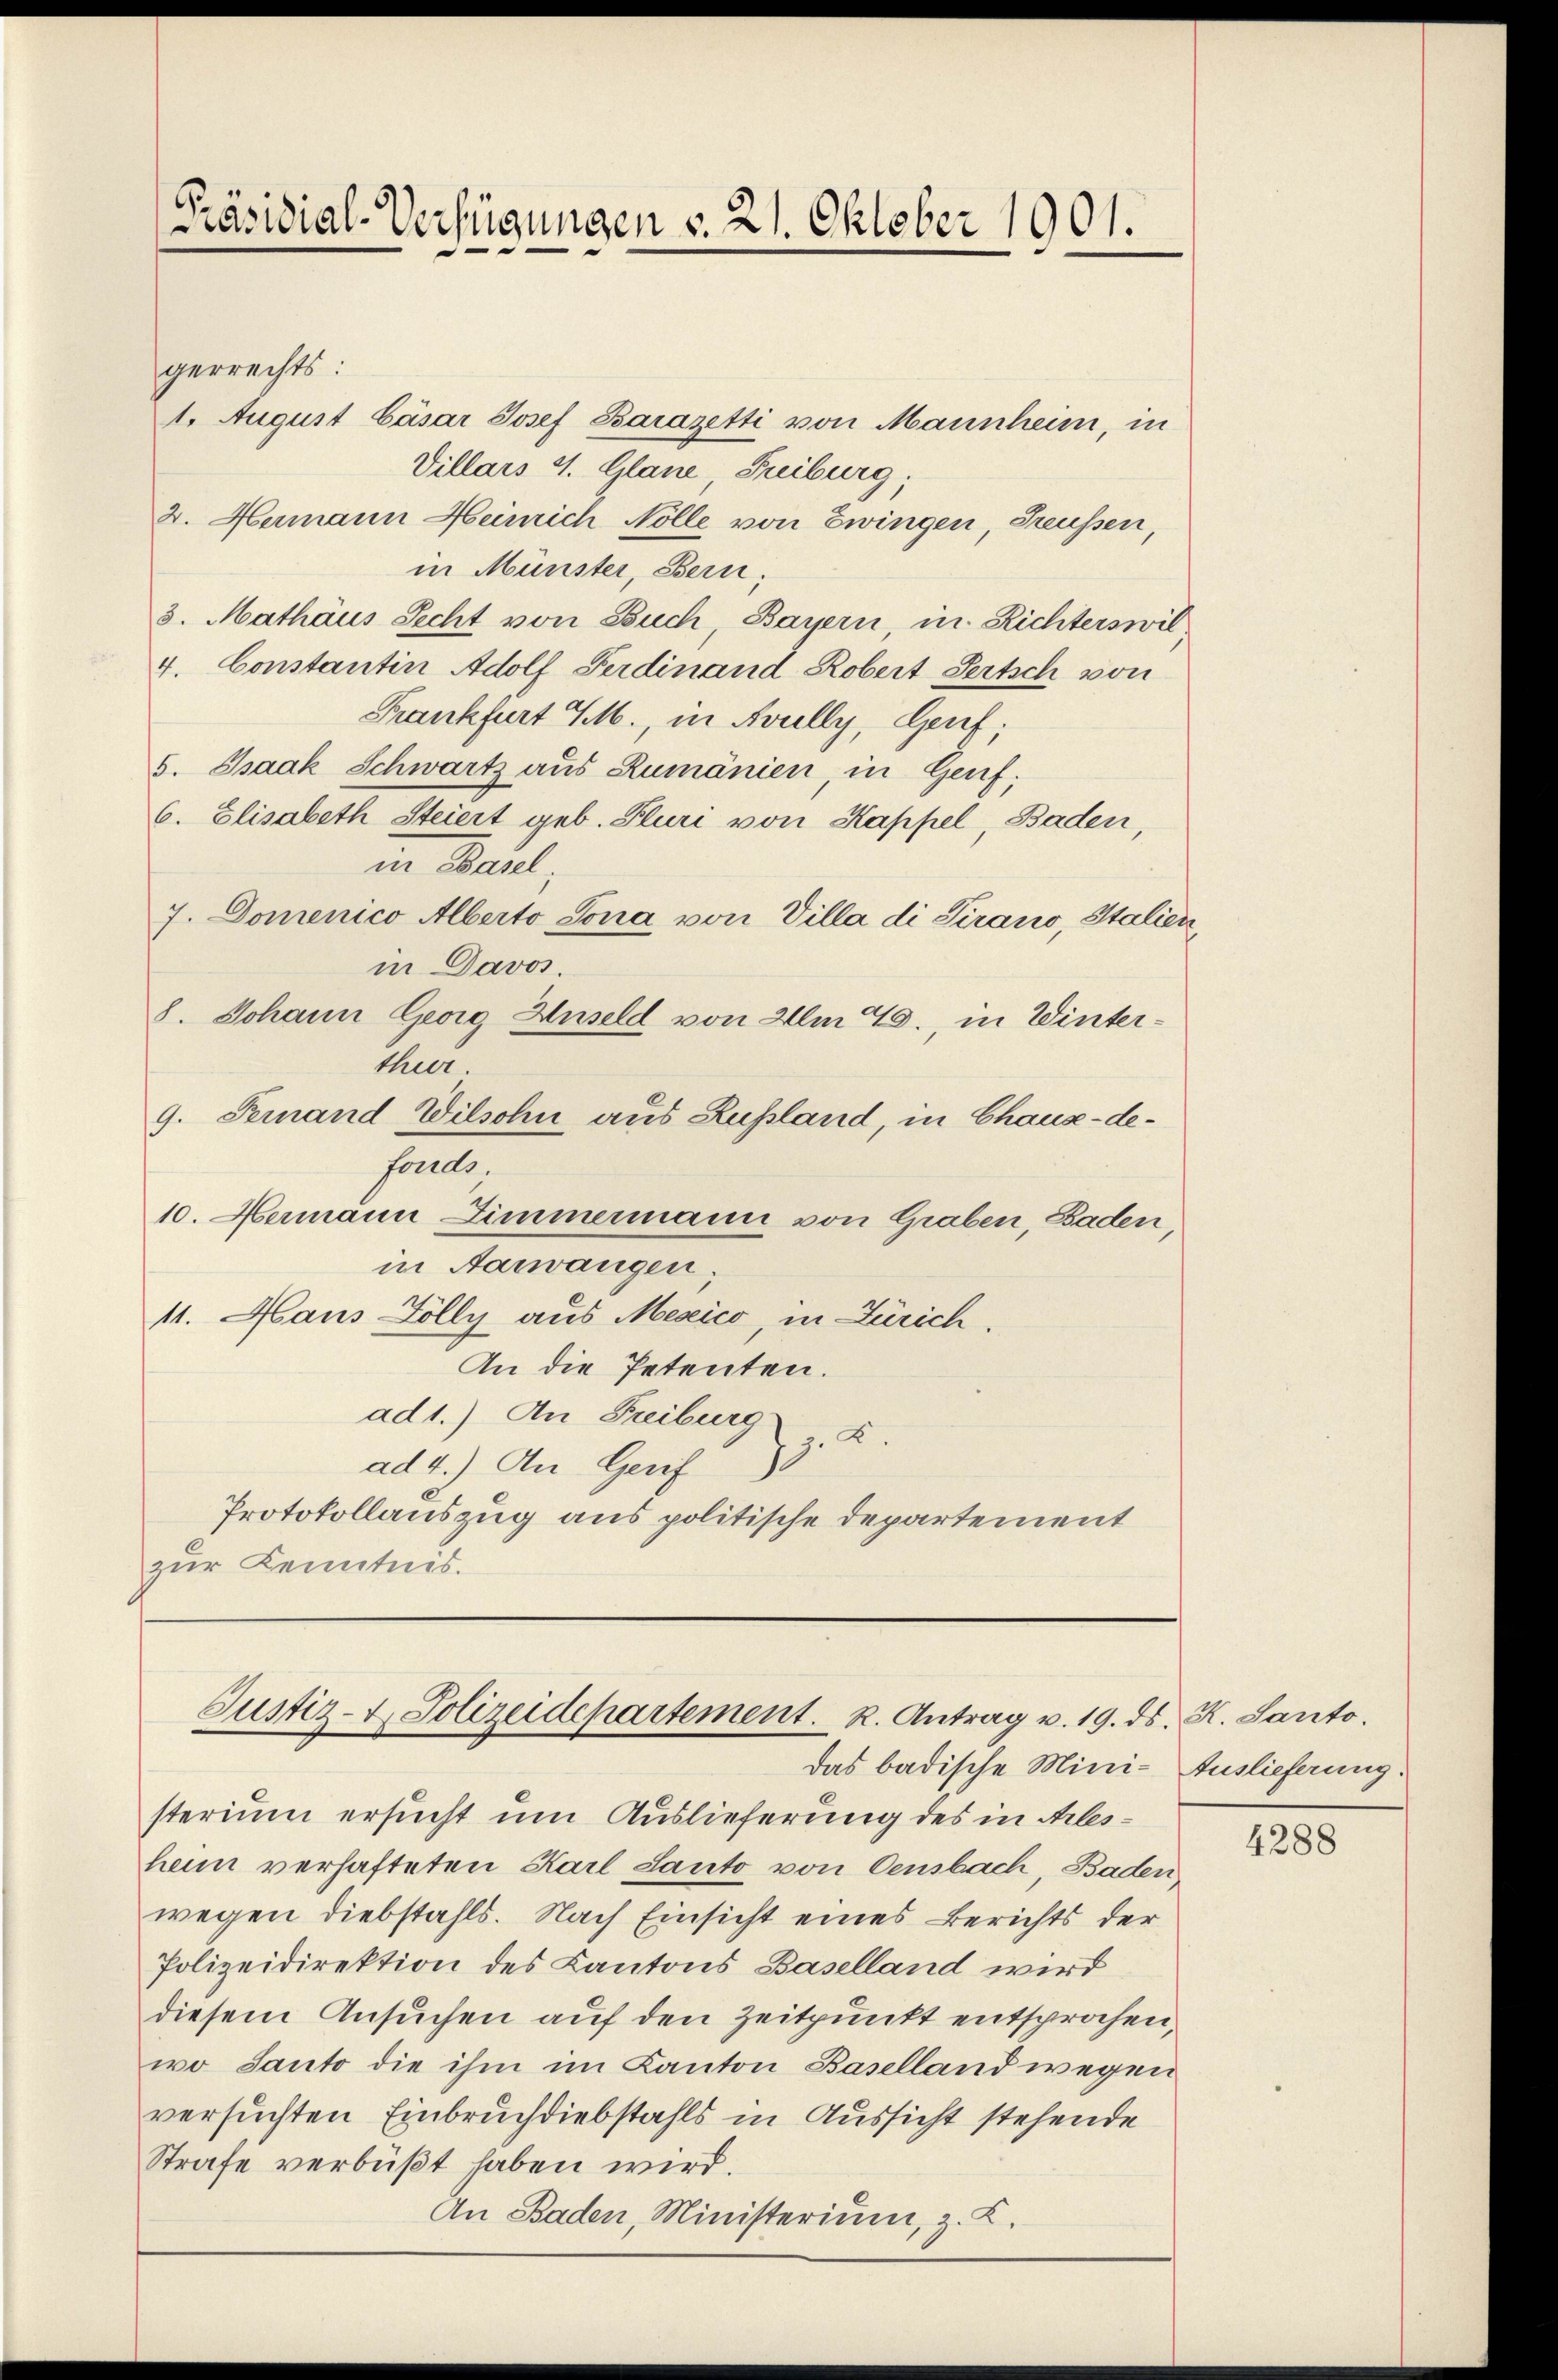
Präsidial-Verfügungen v. 21. Oktober 1901.

gerrechts:
1. August Cäsar Josef Barazetti von Mannheim, in
Villars 4. Glane, Freiburg;
2. Hermann Heinrich Nolle von Zwingen, Preußen,
in Münster, Bern;
3. Mathäus Recht von Buch, Bayern, in Richterswil
4. Constantin Adolf Ferdinand Robert Pertsch von
Frankfurt M., in Kully, Genf;
5. Isaak Schwartz aus Rumänien, in Genf;
6. Elisabeth Steiert geb. Pluri von Kappel, Baden
in Baul
7. Domenico Alberto Lona von Villa di Sirano, Italien,
in Davos.
8. Johann Georg Huseld von 2m E., in Winterthur.
9. Fernand Wilsohn aus Rußland, in Chaux-de-
forde,
10. Hermann Zimmermann von Graben, Baden,
in Aarwangen
11. Haus Zölly aus Mexico, in Zürich.
An die Petenten.
ad 1.) An Freiburg
1. 2.
ad 4.) An Gerif
Protokollauszug aus politische Departement
zur Kenntnis.

Justiz- & Polizeidepartement. K. Antrag v. 19. ds. K. Santo
das badische Mini- Auslieferung.

sterium ersucht um Auslieferung des in Arbeshan verhafteten Karl Lanto von Censbach, Baden
wegen diebstahls. Nach Einsicht eines Berichts der
Polizeidirektion des Kantons Baselland wird
diesem Ansuchen auf den Zeitpunkt entsprochen,
wo Santo die ihm im Kanton Baselland wegen
versuchten Einbruchdiebstahls in Aussicht stehende
Strafe verbüßt haben wird.
An Baden, Ministerium, z. K.

4288